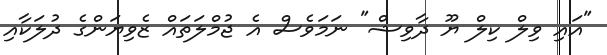
"އައި ވިލް ކިލް ޔޫ ދާވިޝް" ނަމަވެސް އެ ޖުމްލަތައް ޒެވިޔަންގެ ދުލަކާއި